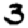
Digit: 3